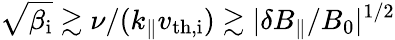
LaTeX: \sqrt{\beta_{\mathrm{i}}}\gtrsim\nu/(k_{\parallel}v_{\mathrm{th,i}})\gtrsim|\delta B_{\parallel}/B_{0}|^{1/2}